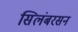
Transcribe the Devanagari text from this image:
सिलंबरसन